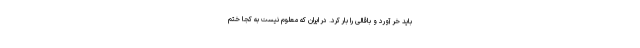
باید خر آورد و باقالی را بار کرد. در ایران که معلوم نیست به کجا ختم